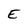
Character: E